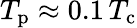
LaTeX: T_{\mathrm{p}}\approx 0.1\, T_{\mathrm{c}}